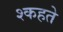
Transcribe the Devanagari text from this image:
श्कहते